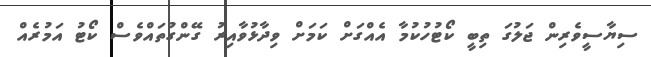
ސިޔާސީވެރިން ޖަލުގަ ތިބީ ކޯޓުހުކުމާ އެއްގަށް ކަމަށް ވިދާޅުވާއިރު ގޭންގުތައްވެސް ކޯޓު އަމުރެއް